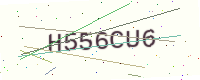
Text: H556CU6